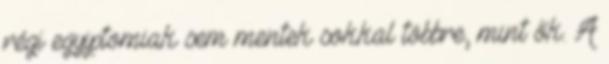
régi egyiptomiak sem mentek sokkal többre, mint ők. A